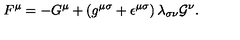
F ^ { \mu } = - G ^ { \mu } + \left( g ^ { { \mu } { \sigma } } + { \epsilon } ^ { { \mu } { \sigma } } \right) { \lambda } _ { { \sigma } { \nu } } { \cal G } ^ { \nu } .